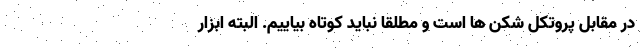
در مقابل پروتکل شکن ها است و مطلقا نباید کوتاه بیاییم. البته ابزارِ